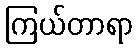
ကြယ်တာရာ